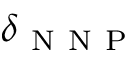
\delta _ { \mathrm { ~ N ~ N ~ P ~ } }